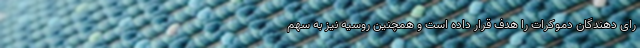
رای دهندگان دموکرات را هدف قرار داده است و همچنین روسیه نیز به سهم